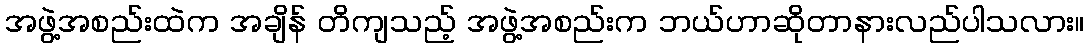
အဖွဲ့အစည်းထဲက အချိန် တိကျသည့် အဖွဲ့အစည်းက ဘယ်ဟာဆိုတာနားလည်ပါသလား။